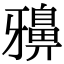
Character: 𪖕